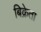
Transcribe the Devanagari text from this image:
बिक्रेता